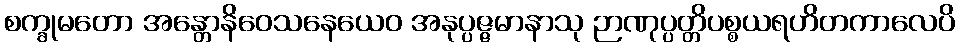
စက္ခုမတော အန္တောနိဝေသနေယေဝ အနုပ္ပဇ္ဇမာနာသု ဉာဏုပ္ပတ္တိပစ္စယရဟိတကာလေပိ